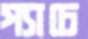
প্যাচে